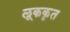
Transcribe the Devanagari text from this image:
लूककृत